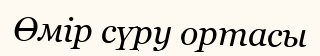
Өмір сүру ортасы